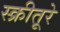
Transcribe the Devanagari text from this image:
स्क्रीतूरे